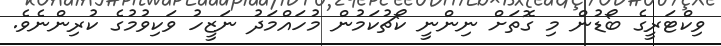
ވިކްޓަރީގެ ބޯޑުން މި ގޮތަށް ނިންނީ ކޯޗުކަމުން މުހައްމަދު ނަޒީހު ވަކިވުމުގެ ކުރިންނެވެ.